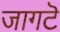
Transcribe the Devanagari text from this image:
जागटॆ